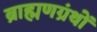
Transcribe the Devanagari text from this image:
ब्राह्मणग्रंथों